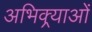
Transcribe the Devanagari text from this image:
अभिक्र्याओं